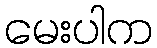
မေးပါက